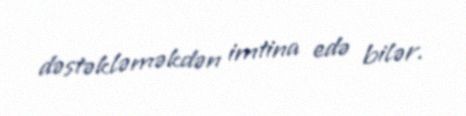
dəstəkləməkdən imtina edə bilər.